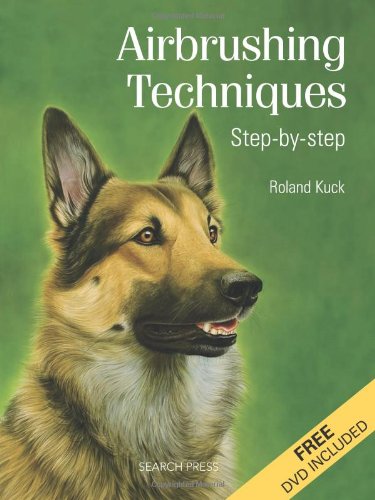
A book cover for Airbrushing Techniques: Step-By-Step; Roland Kuck; Arts & Photography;